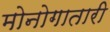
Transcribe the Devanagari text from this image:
मोनोगातारी